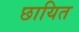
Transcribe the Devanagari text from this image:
छायित